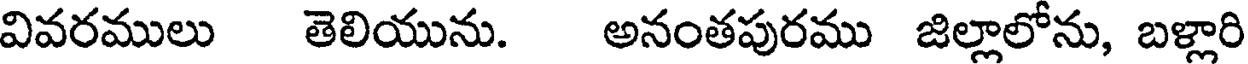
వివరములు తెలియును. అనంతపురము జిల్లాలోను, బళ్లారి